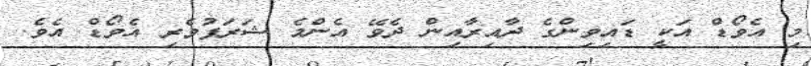
މި އެވޯޑް އަކީ ޑައިވިންގެ ދާއިރާއިން ދެވޭ އެންމެ ޝަރަފުވެރި އެވޯޑް އެވެ.